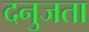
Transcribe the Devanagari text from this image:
दनुजता